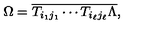
\Omega = \overline { { T _ { i _ { 1 } j _ { 1 } } \cdots T _ { i _ { \ell } j _ { \ell } } \Lambda } } ,